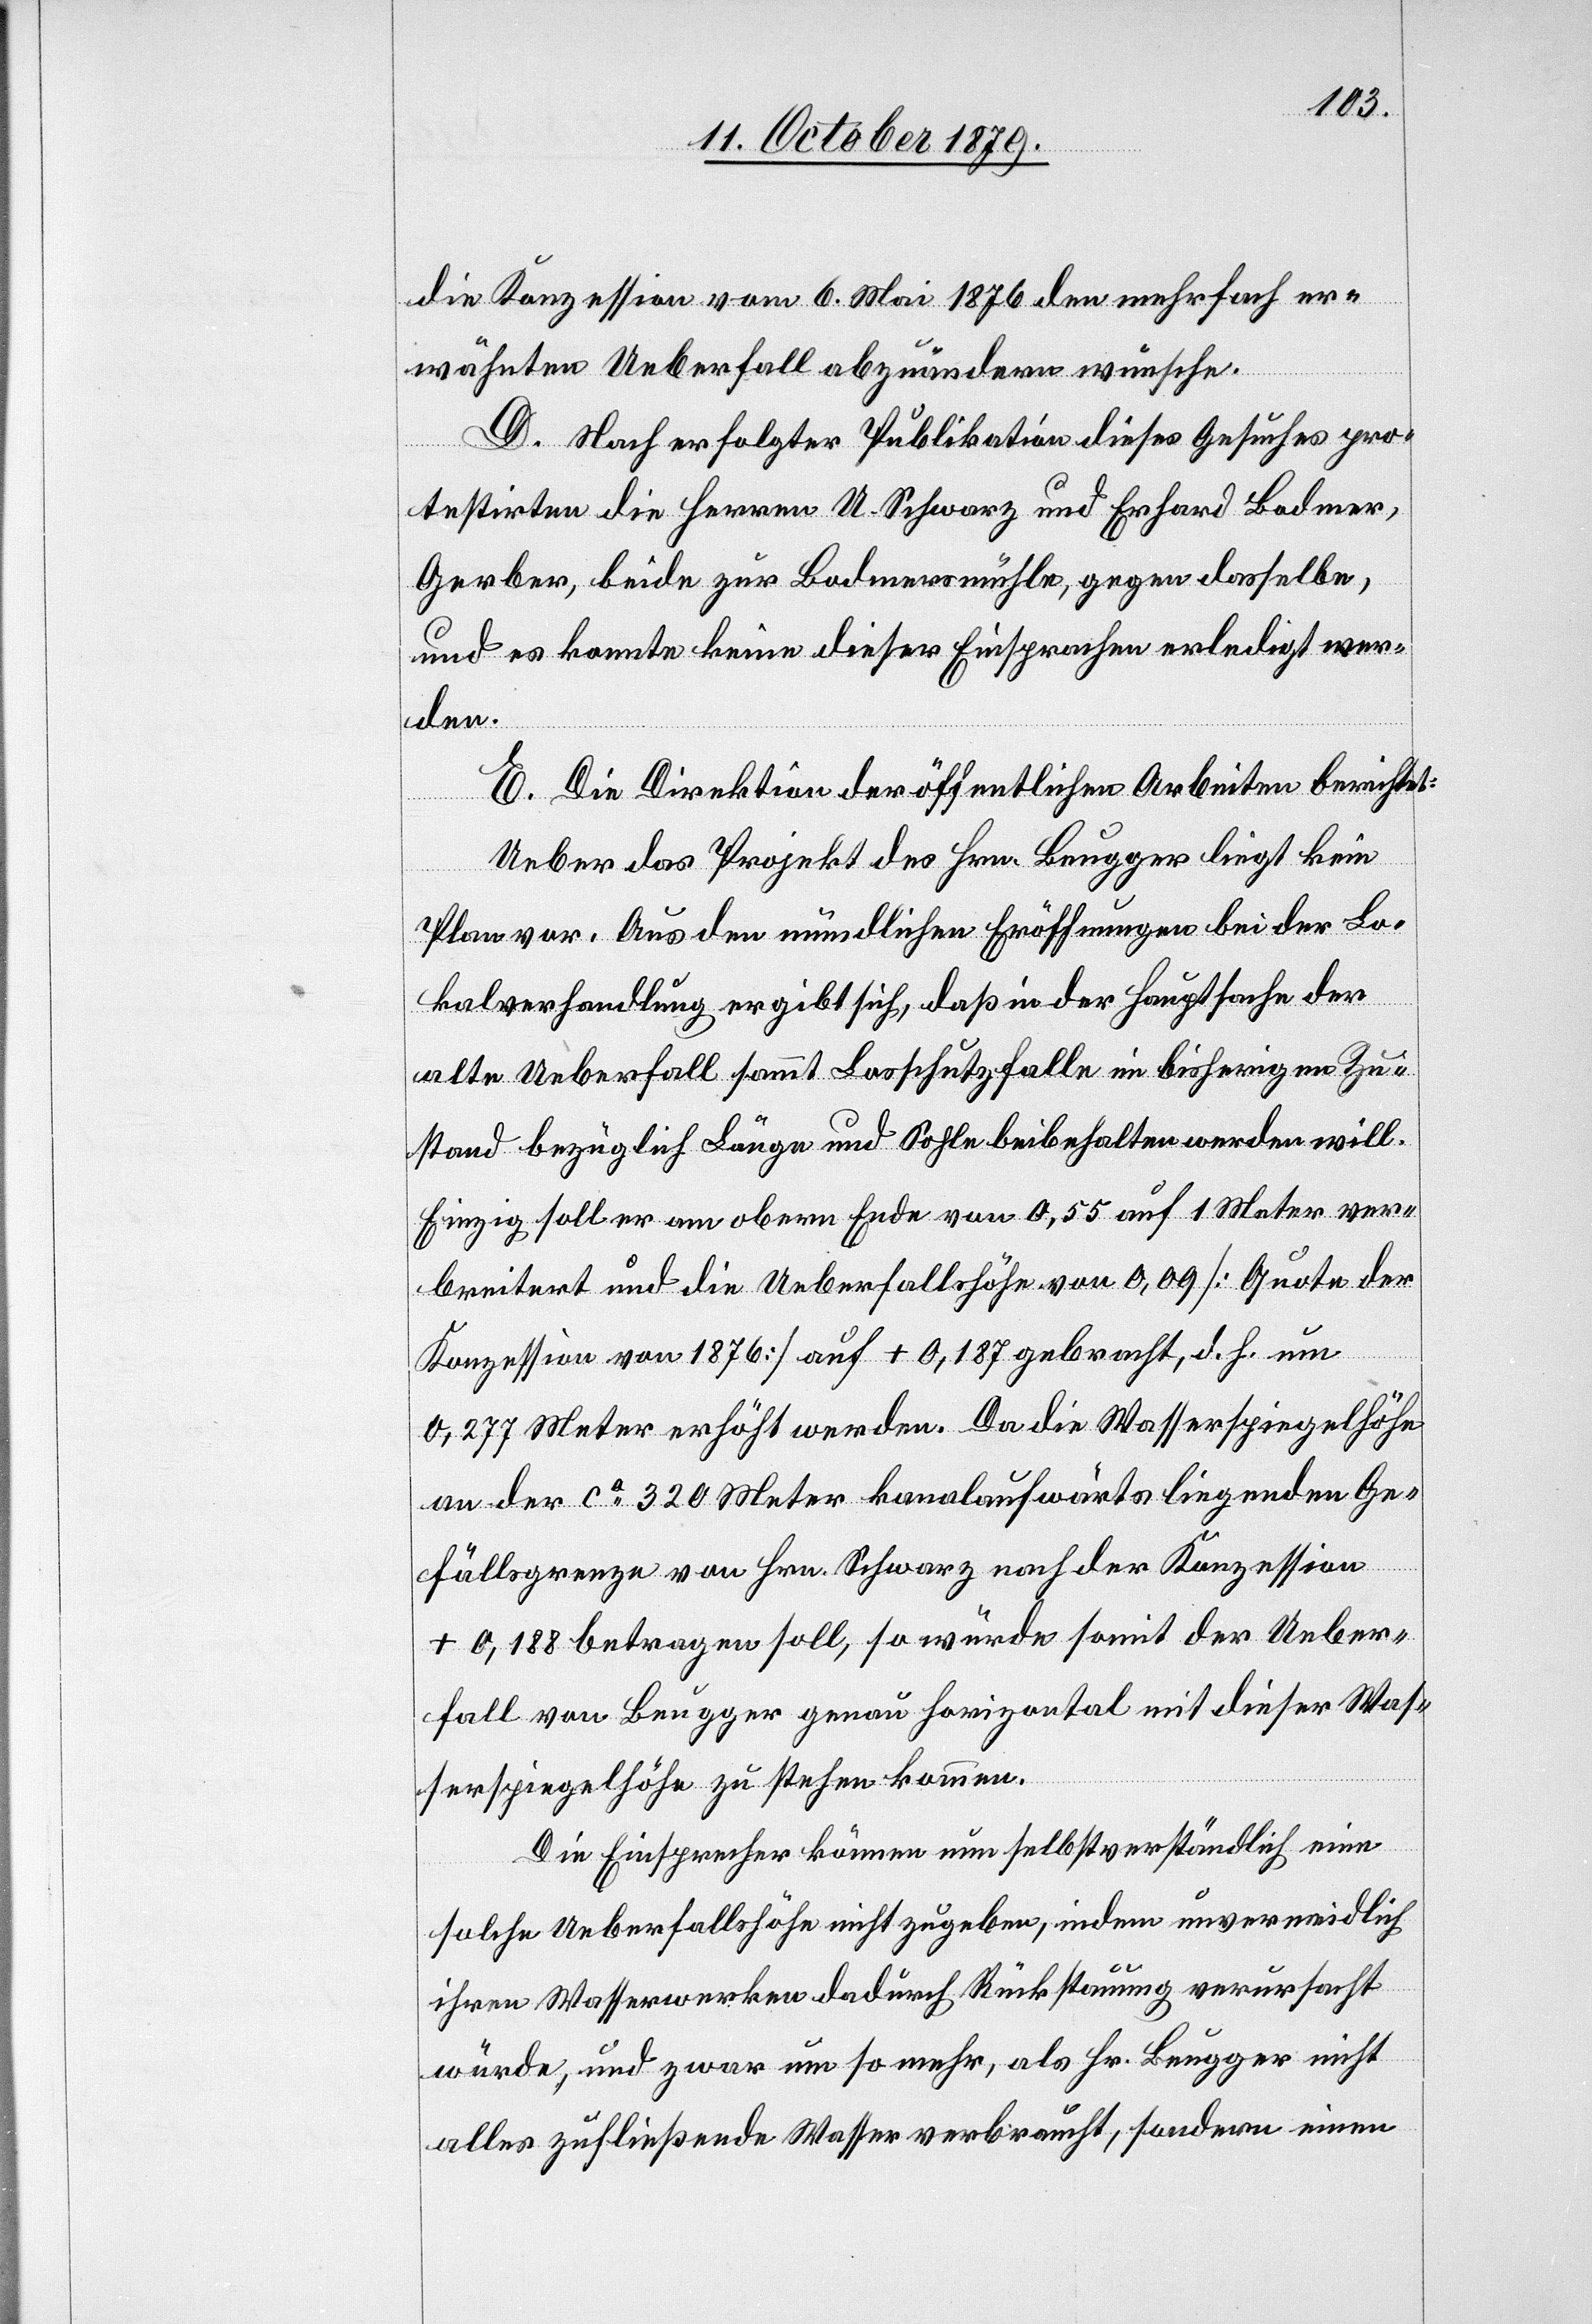
die Konzession vom 6. Mai 1876 den mehrfach er¬
wähnten Ueberfall abzuändern wünsche.
D. Die Direktion der öffentlichen Arbeiten berichtet:
Ueber das Projekt des Hrn. Beugger liegt kein
Plan vor. Aus den mündlichen Eröffnungen bei der Lo¬
kalverhandlung ergibt sich, daß in der Hauptsache der
alte Ueberfall somit Losschutzfalle im bisherigen Zu¬
stand bezüglich Länge und Sohle beibehalten werden will.
Einzig soll er am obern Ende von 0,55 auf 1 Meter ver¬
breitert und die Ueberfallshöhe von 0,09 [Quote der
Konzession von 1876] auf + 0,187 gebracht, d. h. um
0,277 Meter erhöht werden. Da die Wasserspiegelhöhe
an der ca 320 Meter kanalaufwärtsliegenden Ge¬
fällsgrenze von Hrn. Schwarz nach der Konzession
+ 0,188 betragen soll, so würde somit der Ueber¬
fall von Beugger genau horizontal mit dieser Was¬
serspiegelhöhe zu stehen kommen.
Die Einsprecher können nun selbstverständlich eine
solche Ueberfallshöhe nicht zugeben, indem unvermeidlich
ihren Wasserwerken dadurch Rückstauung verursacht
würde, und zwar um so mehr, als Hr. Beugger nicht
alles zufließende Wasser verbraucht, sondern einen